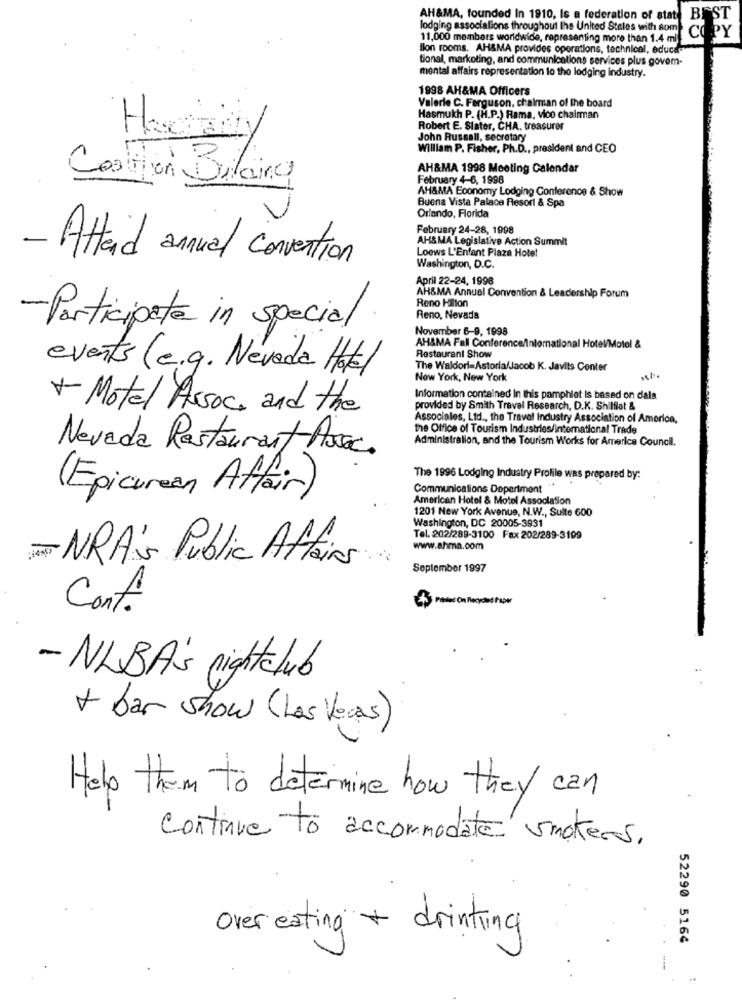
AH&MA, founded In 1910, Is a federation of state
lodging associations throughout the United Steles with som
11,000 members worldwide, representing more than 1.4 ml
PY
Ilon rooms. AH&MA provides operations, technical, educa-
tional, markoting, and communications services plus govem-
mental affairs representation to the lodging industry.
1998 AH&MA Officers
Valerie C. Ferguson, chairman of the board
1
Hasmukh P. (H.P.) Rama, vice chairman
Haciady
Robert E. Slater, CHA, treasurer
John Russell, secretary
William P. Fisher, Ph.D ., president and CEO
AH&MA 1998 Meeting Calendar
Coalition Balance
February 4-6, 1998
AH&MA Economy Lodging Conference & Show
Buena Vista Palace Resort & Spa
Orlando, Florida
February 24-28, 1998
AHS MA Legislative Action Summit
Loews L'Enfant Plaza Hotel
- Attaid annual convention
Washington, D.C.
April 22-24, 1998
AH&MA Annual Convention & Leadership Forum
Reno Hilton
Reno, Nevada
- Participate in special
November 6-9, 1998
AH&MA Fall Conferenceinternational Hotel/Motel &
Restaurant Show
events (e.g. Nevada Hot)
The Waldorf-Astoria/Jacob K. Javits Center
Now York, New York
Information contained In this pamphlet is based on dala
+ Motel Assoc, and the
provided by Smith Travel Research, D.K. Shilflat &
Associales, Ltd ., the Travel Industry Association of America,
the Office of Tourism Industries/international Trade
Administration, and the Tourism Works for America Council.
Nevada Restaurant Arac.
The 1996 Lodging Industry Profile was prepared by:
(Epicurean Affair)
Communications Depertment "
American Hotel & Motel Association
1201 New York Avenue, N.W ., Sulle 600
Washington, DC 20005-3931
Tel. 202/289-3100 Fax 202/289-3109
www.ahma.com
- NRA's Public Affairs
September 1997
Conf.
Peter Con Recorded Paper
- NLBA's nightclub
+ bar show (Las Vegas)
Help them to determine how they can
continue to accommodate smokers.
Over eating + drinking
52290 5164
..